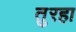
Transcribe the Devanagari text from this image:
तुरहा